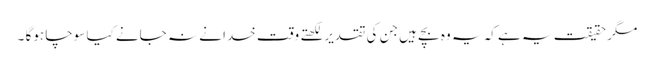
مگر حقیقت یہ ہے کہ یہ وہ بچے ہیں جن کی تقدیر لکھتے وقت خدا نے نہ جانے کیا سوچا ہوگا ۔